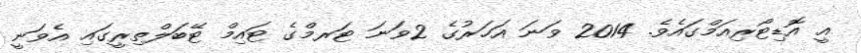
އީ އޮޑިޓޯރިއަމްގައެވެ. 2014 ވަނަ އަހަރުގެ 2ވަނަ ޓަރމްގެ ޓައިމް ޓޭބަލްތިރީގައި އެވަނީ